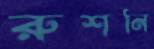
রুশনি